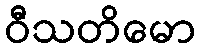
ဝီသတိမော